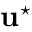
\mathbf { u } ^ { \star }